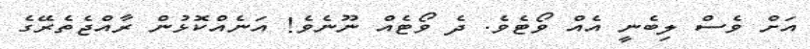
އަށް ވެސް ލިބެނީ އެއް ވޯޓެވެ. ދެ ވޯޓެއް ނޫނެވެ! އަނެއްކޮޅުން ރާއްޖެތެރޭގެ